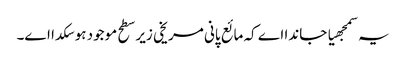
یہ سمجھیا جاندا اے کہ مائع پانی مریخی زیر سطح موجود ہو سکدا ا‏‏ے۔